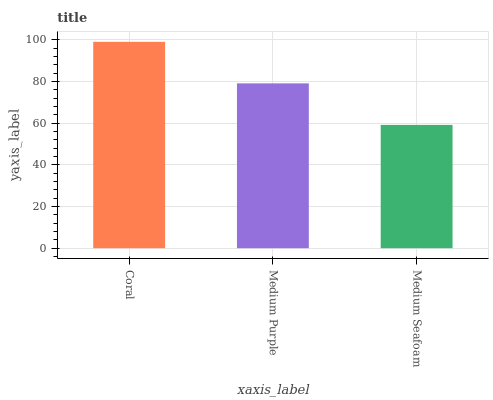
| xaxis_label | bars |
 | --- | --- |
 | Coral | 99 |
 | Medium Purple | 79.1 |
 | Medium Seafoam | 59.1 |